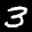
Label: 3